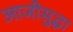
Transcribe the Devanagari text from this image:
आजीसुद्धा